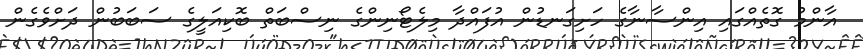
އާންމު ގޮތެއްގައި އިންސާނާގެ ހަށިގަނޑުން އުފައްދާ މިލެޓޯނިންގެ ނިސްބަތް ބޮކިއަލީގެ ސަބަބުން ދަށްވެގެން